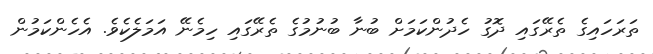
ތަރަހައިގެ ތެރޭގައި ދޮގު ހެދުންކަމަށް ބުނާ ބުނުމުގެ ތެރޭގައި ހިމެނޭ އަމަލެކެވެ. އެހެންކަމުން